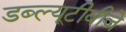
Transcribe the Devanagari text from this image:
डब्ल्यूटीवीजे